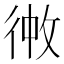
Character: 𪫏